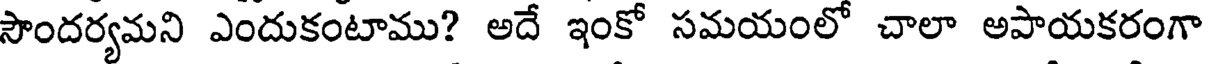
సౌందర్యమని ఎందుకంటాము? అదే ఇంకో సమయంలో చాలా అపాయకరంగా